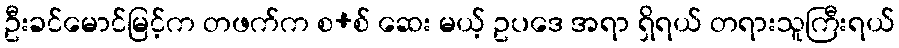
ဦးခင်မောင်မြင့်က တဖက်က စ+စ် ဆေး မယ့် ဥပဒေ အရာ ရှိရယ် တရားသူကြီးရယ်